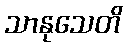
သာနုသေတိ